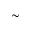
\sim